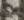
Text: 8